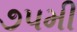
૭૫મી